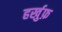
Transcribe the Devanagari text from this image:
हर्खुफ़